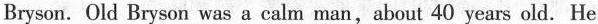
Bryson was a calm man,about 40 years old.He